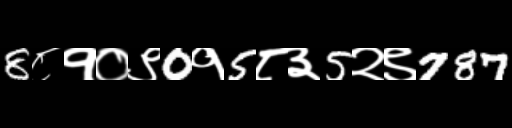
Text: 8८१०९0१5८३5२९787